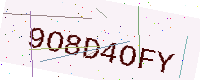
Text: 9O8D4OFY